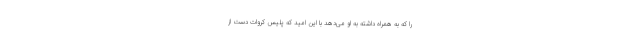
را که به همراه داشته به او می‌دهد با این امید که پلیس کروات دست از